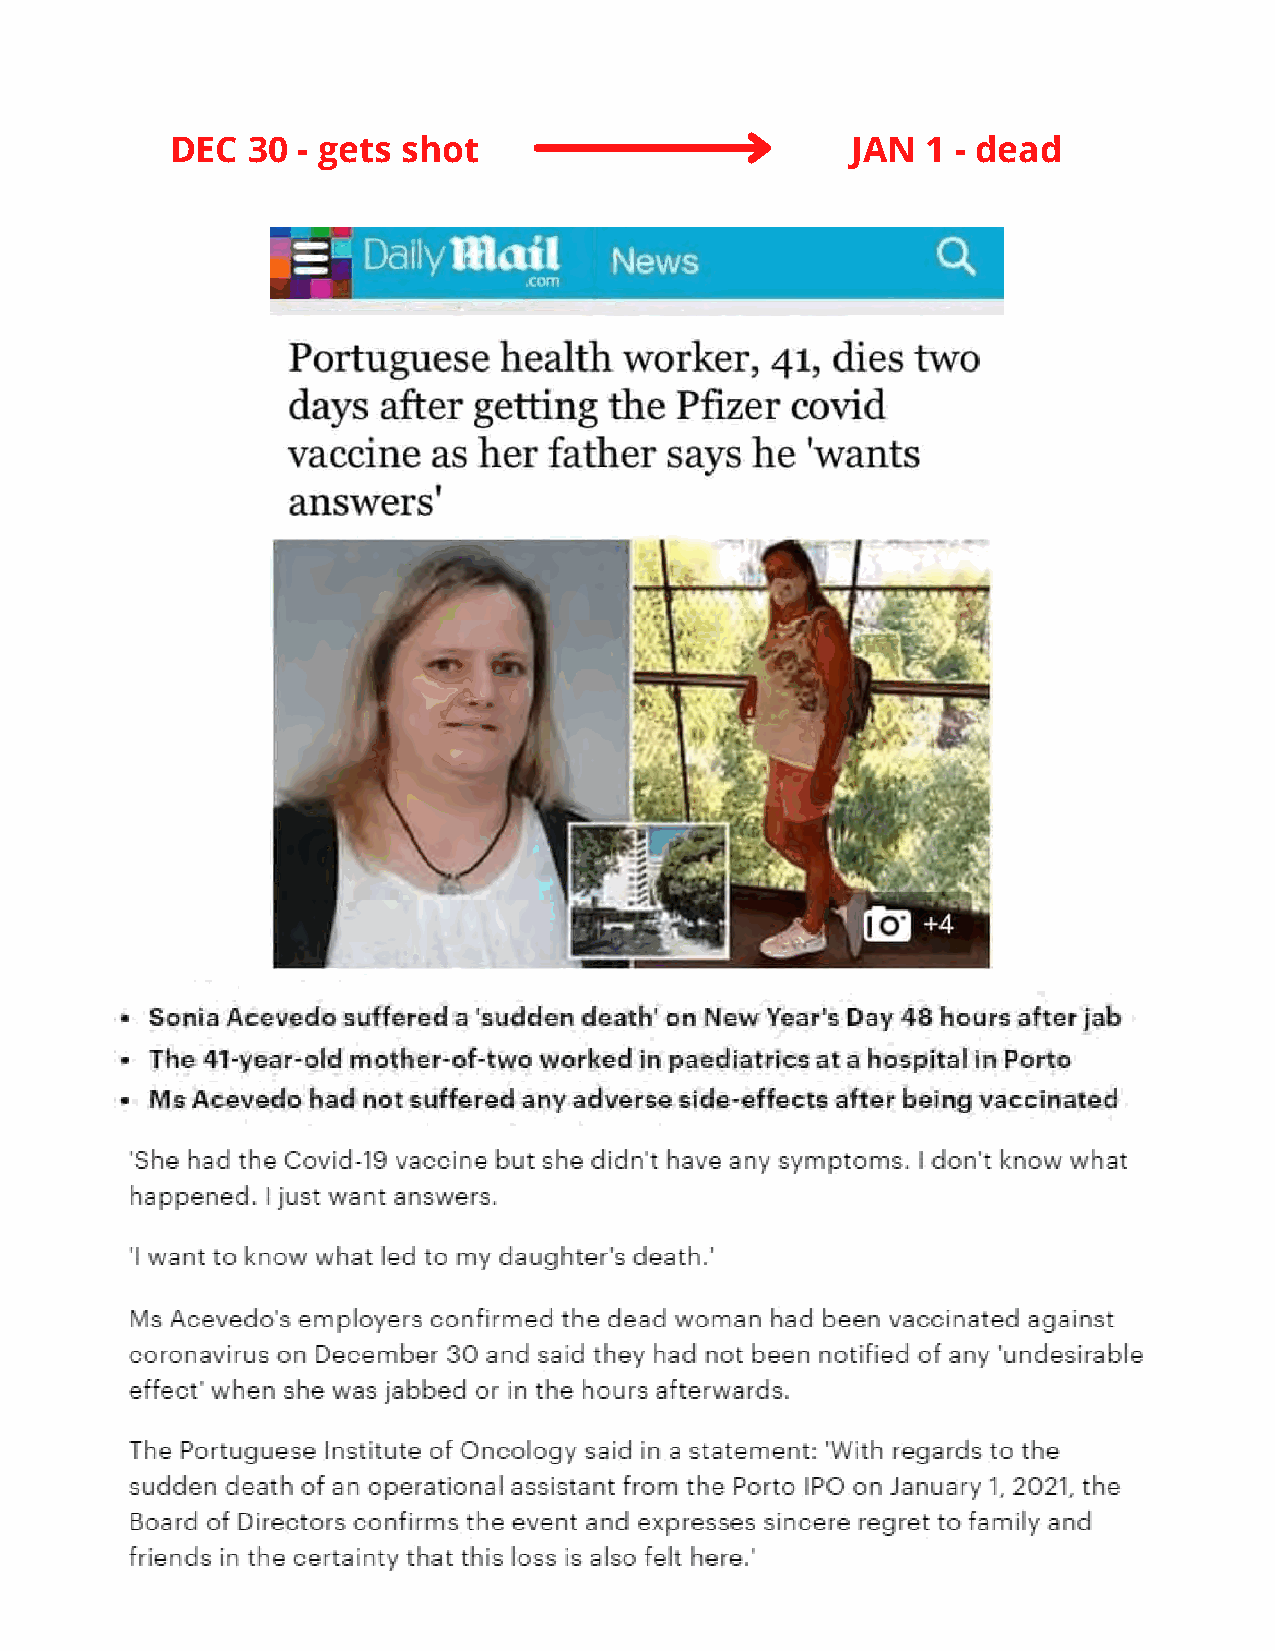
DEC  30  - gets shot                         JAN  1 - dead